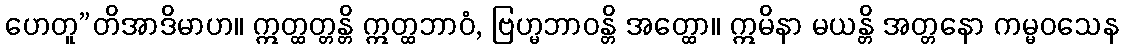
ဟေတူ”တိအာဒိမာဟ။ ဣတ္ထတ္တန္တိ ဣတ္ထဘာဝံ, ဗြဟ္မဘာဝန္တိ အတ္ထော။ ဣမိနာ မယန္တိ အတ္တနော ကမ္မဝသေန